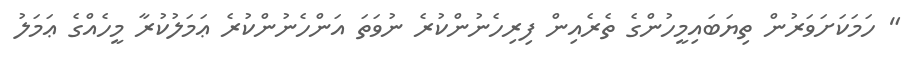
" ހަމަކަށަވަރުން ތިޔަބައިމީހުންގެ ތެރެއިން ފިރިހެނުންކުރެ ނުވަތަ އަންހެނުންކުރެ ޢަމަލުކުރާ މީހެއްގެ ޢަމަލު